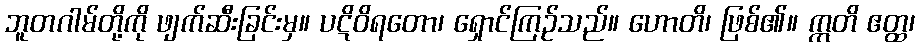
ဘူတဂါမ်တို့ကို ဖျက်ဆီးခြင်းမှ။ ပဋိဝိရတော၊ ရှောင်ကြဉ်သည်။ ဟောတိ၊ ဖြစ်၏။ ဣတိ ဧတ္ထ၊